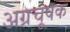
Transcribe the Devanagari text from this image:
अग्रचूषक